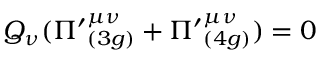
Q _ { \nu } ( { \Pi ^ { \prime } } _ { ( 3 g ) } ^ { \mu \nu } + { \Pi ^ { \prime } } _ { ( 4 g ) } ^ { \mu \nu } ) = 0